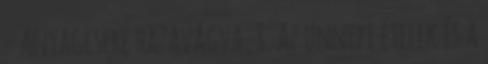
- Anyagcsere hazavágva, 8. Az ünnepi ételek és a